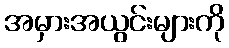
အမှားအယွင်းများကို